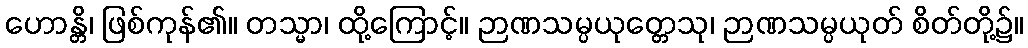
ဟောန္တိ၊ ဖြစ်ကုန်၏။ တသ္မာ၊ ထို့ကြောင့်။ ဉာဏသမ္ပယုတ္တေသု၊ ဉာဏသမ္ပယုတ် စိတ်တို့၌။